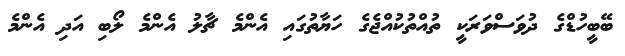
ބޭބީހުޑްގެ ދުވަސްވަރަކީ ތުއްތުކުއްޖެގެ ހަޔާތުގައި އެންމެ ޗާލު އެންމެ ލޯބި އަދި އެންމެ